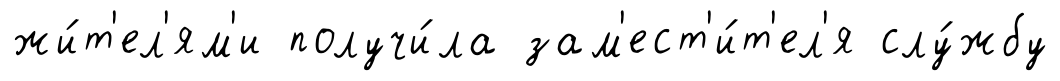
жи́т'ел'ям'и получи́ла зам'ест'и́т'ел'я слу́жбу